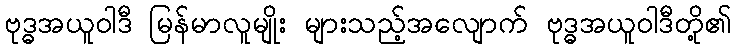
ဗုဒ္ဓအယူဝါဒီ မြန်မာလူမျိုး များသည့်အလျောက် ဗုဒ္ဓအယူဝါဒီတို့၏